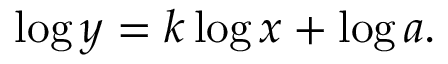
\log y = k \log x + \log a .